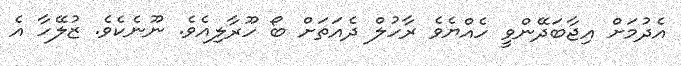
އެދުމަށް އިޖާބަދޭންވީ ހެއްޔެވެ ރާހުލް ދެއަތަށް ބޯ ހޫރާލިއެވެ. ނޫނެކެވެ. ޒުލޭހާ އެ